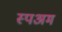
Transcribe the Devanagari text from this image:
स्पअम